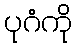
ပုဂံကို